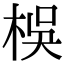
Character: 𣑀